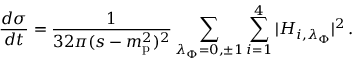
\frac { d \sigma } { d t } = \frac { 1 } { 3 2 \pi ( s - m _ { \mathrm { p } } ^ { 2 } ) ^ { 2 } } \sum _ { \lambda _ { \Phi } = 0 , \pm 1 } \sum _ { i = 1 } ^ { 4 } \vert H _ { i , \lambda _ { \Phi } } \vert ^ { 2 } \, .